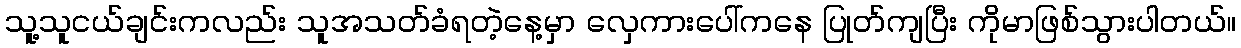
သူ့သူငယ်ချင်းကလည်း သူအသတ်ခံရတဲ့နေ့မှာ လှေကားပေါ်ကနေ ပြုတ်ကျပြီး ကိုမာဖြစ်သွားပါတယ်။